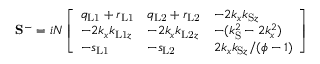
\mathbf { S } ^ { - } = i N \left[ \begin{array} { l l l } { q _ { \mathrm { L 1 } } + r _ { \mathrm { L 1 } } } & { q _ { \mathrm { L 2 } } + r _ { \mathrm { L 2 } } } & { - 2 k _ { x } k _ { \mathrm { S } z } } \\ { - 2 k _ { x } k _ { \mathrm { L 1 } z } } & { - 2 k _ { x } k _ { \mathrm { L 2 } z } } & { - ( k _ { \mathrm { S } } ^ { 2 } - 2 k _ { x } ^ { 2 } ) } \\ { - s _ { \mathrm { L 1 } } } & { - s _ { \mathrm { L 2 } } } & { 2 k _ { x } k _ { \mathrm { S } z } / ( \phi - 1 ) } \end{array} \right]